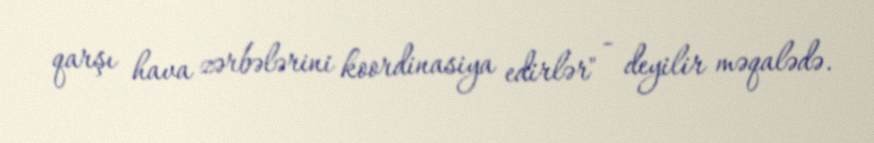
qarşı hava zərbələrini koordinasiya edirlər" - deyilir məqalədə.